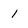
Character: 1